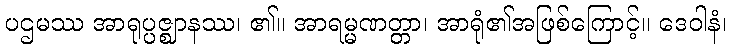
ပဌမဿ အာရုပ္ပဇ္ဈာနဿ၊ ၏။ အာရမ္မဏတ္တာ၊ အာရုံ၏အဖြစ်ကြောင့်။ ဒေဝါနံ၊